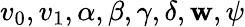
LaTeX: v_{0},v_{1},\alpha,\beta,\gamma,\delta,\mathbf{w},\psi